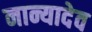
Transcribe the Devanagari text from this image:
नान्यादेव